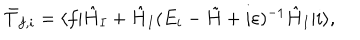
LaTeX: \bar { T } _ { f , i } = \langle f | \hat { H } _ { I } + \hat { H } _ { I } ( E _ { i } - \tilde { H } + i \varepsilon ) ^ { - 1 } \hat { H } _ { I } | i \rangle ,